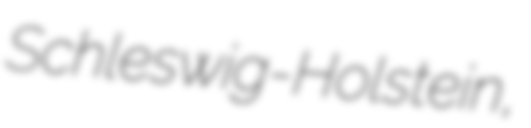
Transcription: Schleswig-Holstein,